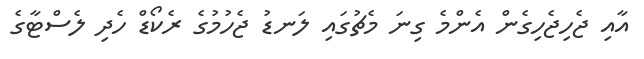
އާއި ޖެހިޖެހިގެން އެންމެ ގިނަ މެޗުގައި ލަނޑު ޖެހުމުގެ ރެކޯޑް ހެދި ލެސްޓާގެ